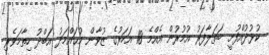
ކުޅުދުއްފުށީ ބަތަލާފަރު އުމުރުން އެއްމެ 18 އަހަރުގެ ޒުވާން މުޙައްމަދު އަބްދު ހިތާމަވެރި